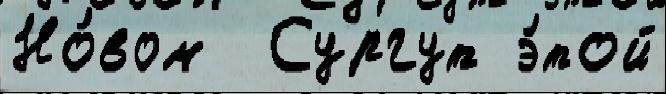
Но́вом  Сургут э́той